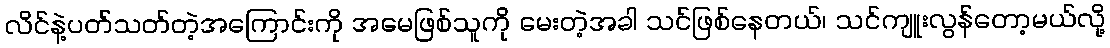
လိင်နဲ့ပတ်သတ်တဲ့အကြောင်းကို အမေဖြစ်သူကို မေးတဲ့အခါ သင်ဖြစ်နေတယ်၊ သင်ကျူးလွန်တော့မယ်လို့